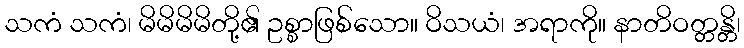
သကံ သကံ၊ မိမိမိမိတို့၏ ဥစ္စာဖြစ်သော။ ဝိသယံ၊ အရာကို။ နာတိဝတ္တန္တိ၊